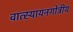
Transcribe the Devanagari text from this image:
वात्स्यायनगोत्रीय